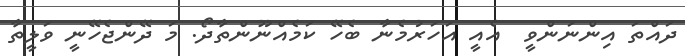
ދައްތަ އިންނަންވީ  އެއީ އަހަރުމެނާ ބެހޭ ކަމެއްނޫންތާދޯ. މަ ދޭންޖެހޭނީ ވަލީތާ